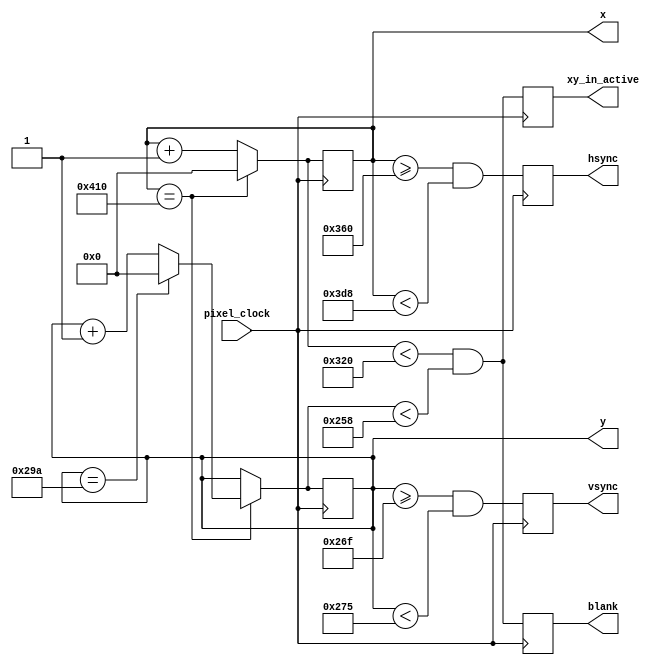
/*
 * Copyright 2018 Jacob Lifshay
 *
 * Permission is hereby granted, free of charge, to any person obtaining a copy
 * of this software and associated documentation files (the "Software"), to deal
 * in the Software without restriction, including without limitation the rights
 * to use, copy, modify, merge, publish, distribute, sublicense, and/or sell
 * copies of the Software, and to permit persons to whom the Software is
 * furnished to do so, subject to the following conditions:
 *
 * The above copyright notice and this permission notice shall be included in all
 * copies or substantial portions of the Software.
 *
 * THE SOFTWARE IS PROVIDED "AS IS", WITHOUT WARRANTY OF ANY KIND, EXPRESS OR
 * IMPLIED, INCLUDING BUT NOT LIMITED TO THE WARRANTIES OF MERCHANTABILITY,
 * FITNESS FOR A PARTICULAR PURPOSE AND NONINFRINGEMENT. IN NO EVENT SHALL THE
 * AUTHORS OR COPYRIGHT HOLDERS BE LIABLE FOR ANY CLAIM, DAMAGES OR OTHER
 * LIABILITY, WHETHER IN AN ACTION OF CONTRACT, TORT OR OTHERWISE, ARISING FROM,
 * OUT OF OR IN CONNECTION WITH THE SOFTWARE OR THE USE OR OTHER DEALINGS IN THE
 * SOFTWARE.
 *
 */
`timescale 1ns / 100ps

module vga_location_generator(
    input pixel_clock,
	output reg hsync,
	output reg vsync,
    output reg blank,
    output reg [15:0] x,
    output reg [15:0] y,
    output reg xy_in_active
    );
	
	parameter x_front_porch = 56;
	parameter x_active = 800;
	parameter x_back_porch = 64;
	parameter x_sync = 120;
	parameter y_front_porch = 37;
	parameter y_active = 600;
	parameter y_back_porch = 23;
	parameter y_sync = 6;
	 
    wire x_at_end = (x == x_active + x_back_porch + x_sync + x_front_porch);
    wire y_at_end = (y == y_active + y_back_porch + y_sync + y_front_porch);
    wire [15:0] next_x = x_at_end ? 0 : x + 1;
    wire [15:0] next_y = x_at_end ? (y_at_end ? 0 : y + 1) : y;
    wire next_xy_in_active = (next_x < x_active) & (next_y < y_active);

    initial begin
        hsync = 0;
        vsync = 0;
        blank = 0;
        x = 0;
        y = 0;
    end

	always @(posedge pixel_clock) begin
		x <= next_x;
        y <= next_y;
        blank <= next_xy_in_active;
        hsync <= ((x >= x_active + x_back_porch) & (x < x_active + x_back_porch + x_sync));
        vsync <= ((y >= y_active + y_back_porch) & (y < y_active + y_back_porch + y_sync));
        xy_in_active <= next_xy_in_active;
	end
endmodule